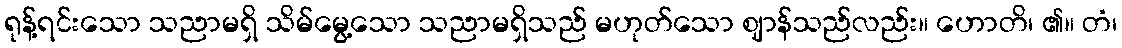
ရုန့်ရင်းသော သညာမရှိ သိမ်မွေ့သော သညာမရှိသည် မဟုတ်သော ဈာန်သည်လည်း။ ဟောတိ၊ ၏။ တံ၊